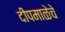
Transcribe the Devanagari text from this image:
दीपमाळेचे